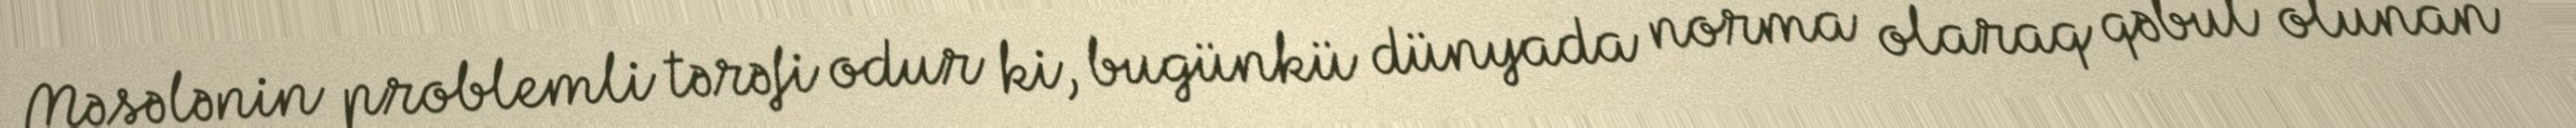
Məsələnin problemli tərəfi odur ki, bugünkü dünyada norma olaraq qəbul olunan